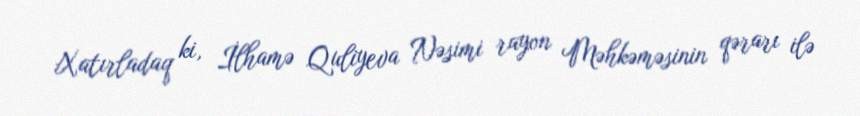
Xatırladaq ki, İlhamə Quliyeva Nəsimi rayon Məhkəməsinin qərarı ilə